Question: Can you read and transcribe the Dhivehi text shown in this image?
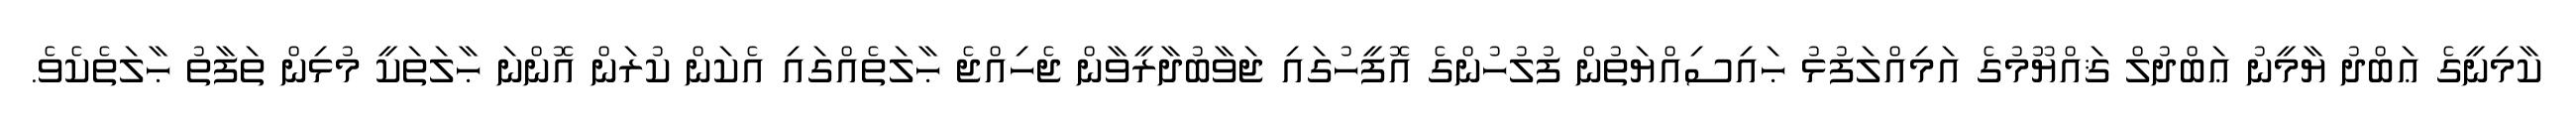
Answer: ކާމިނީގެ ޢަބްދު ޔާމީނު ޢަބްދުލް ޤައްޔޫމުގެ އަމިއްލަފުޅު ޙައިސިއްޔަތުން ފުލުހުންގެ އޮފީހުގައި ޖަވާބުދާރީވާން ޖެހިއްޖެ ޙާލަތެއްގައި އެކަން ކުރަން އޮންނަ ޙާލަތަކީ މުޅިން ތަފާތު ޙާލަތެކެވެ.